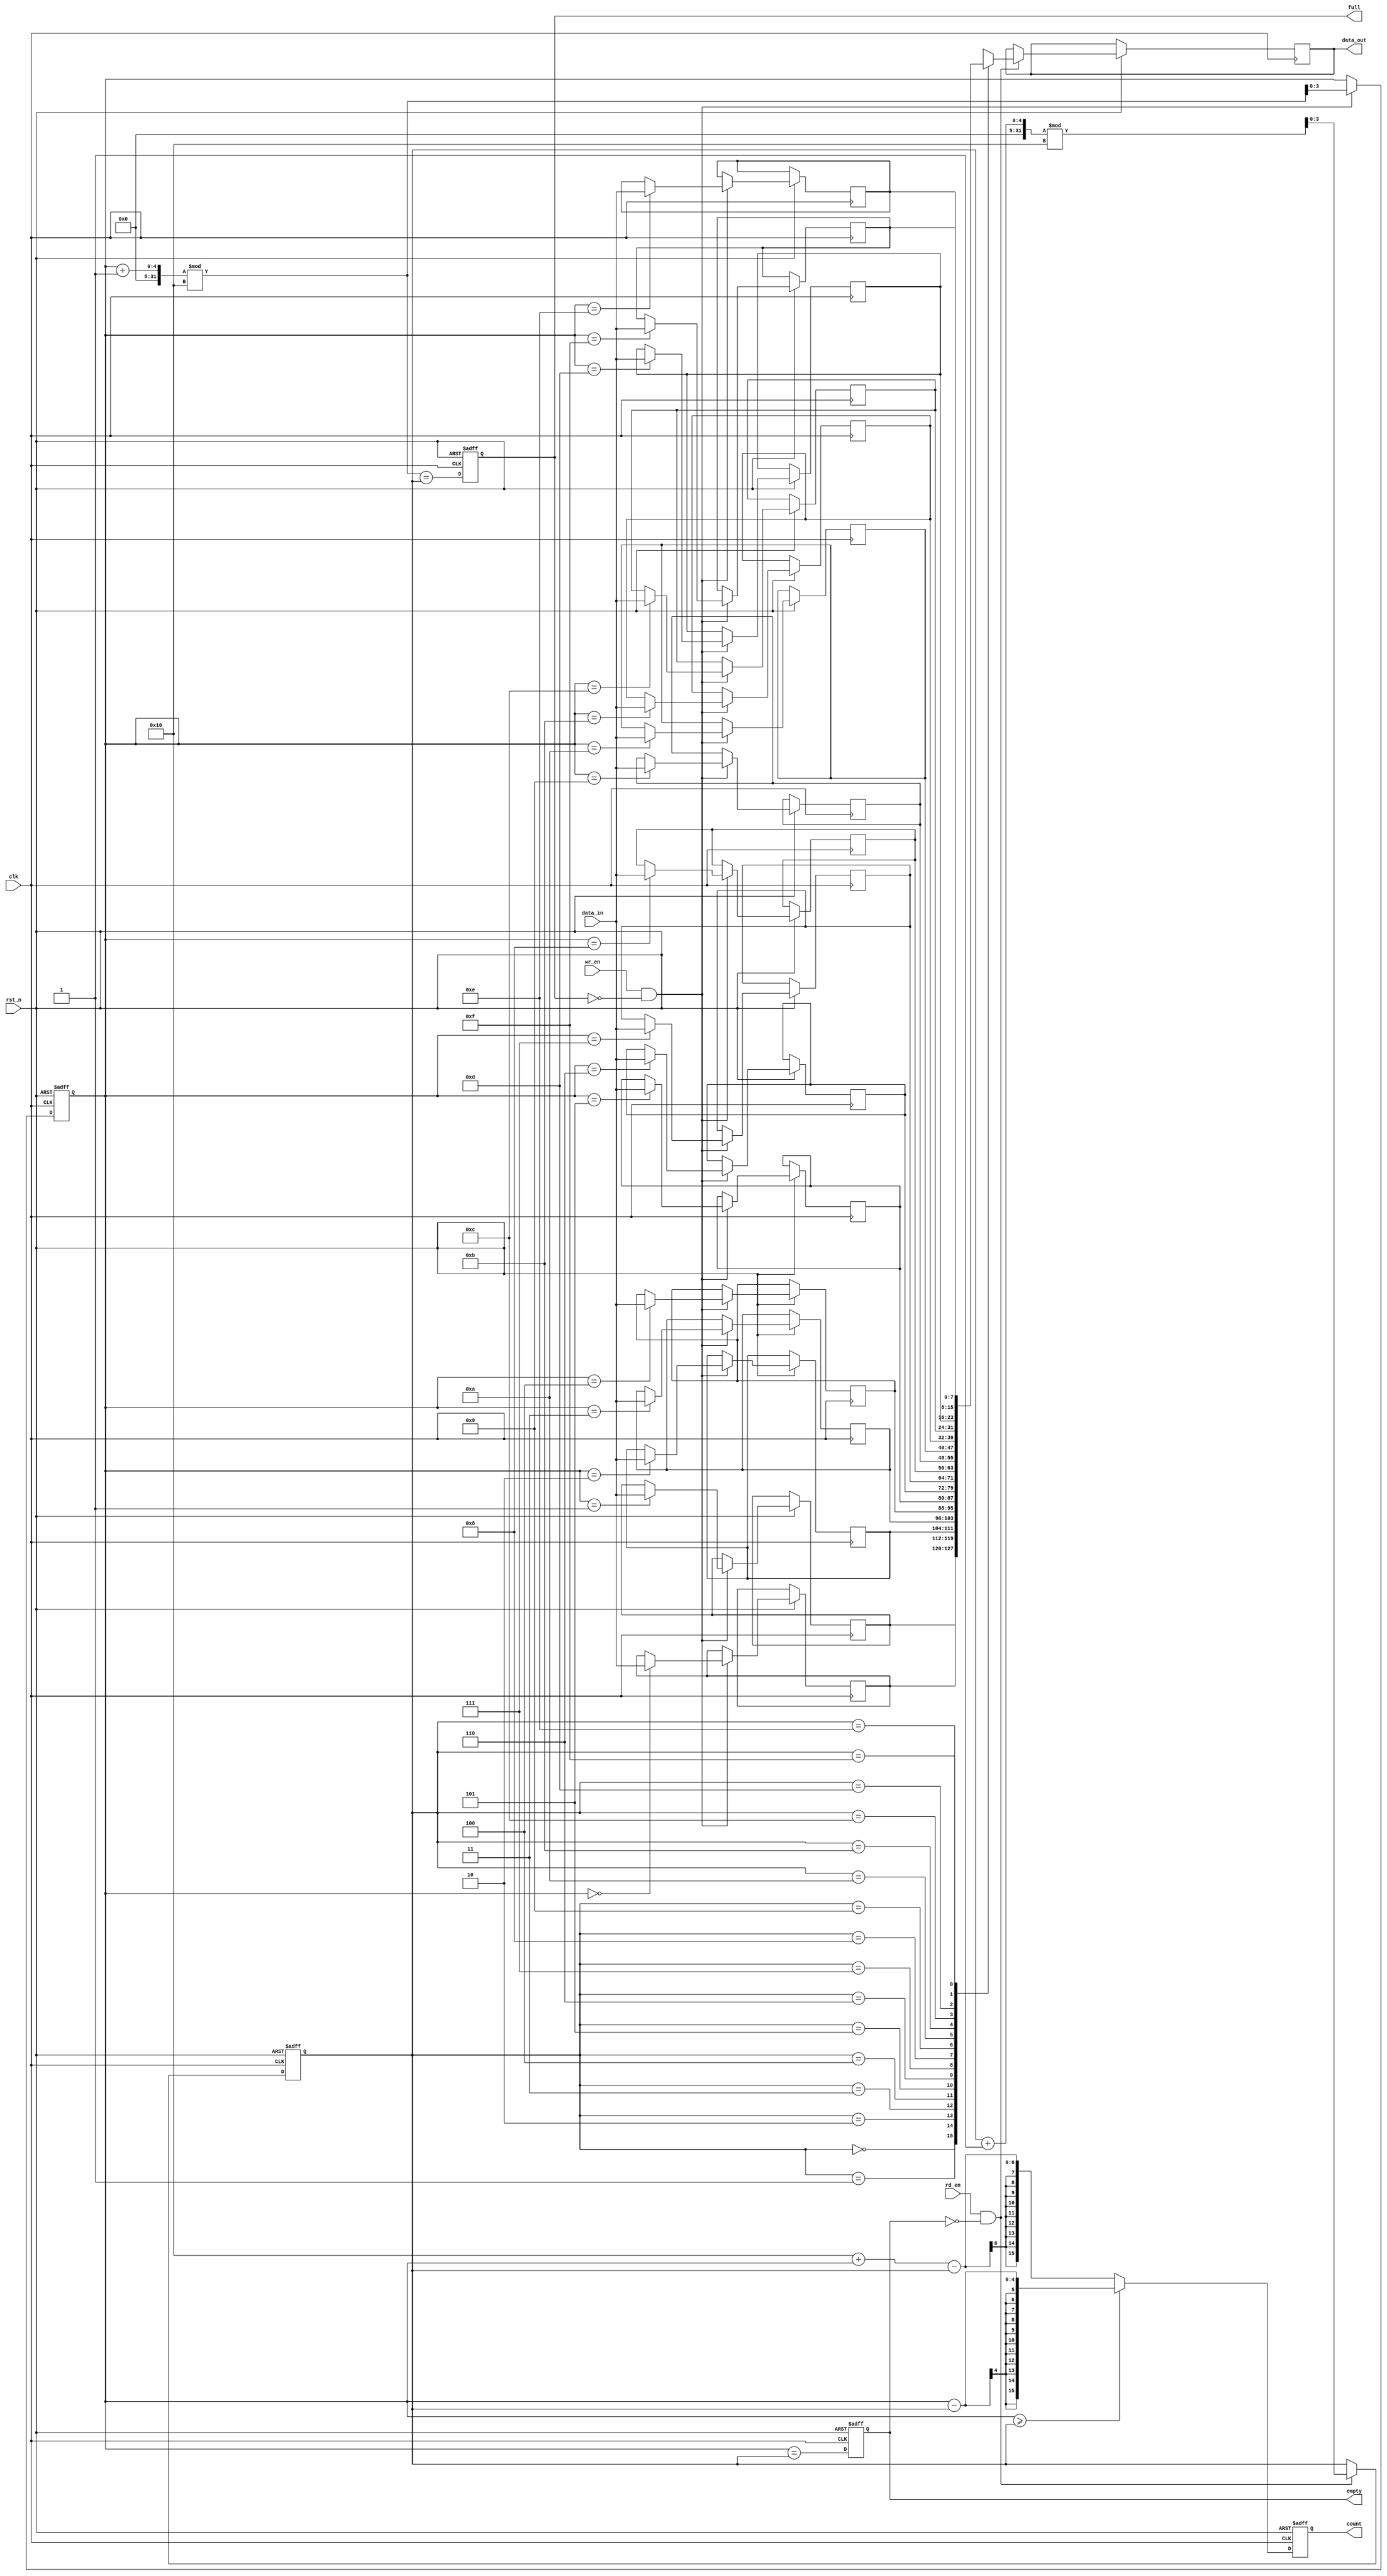
module parameterized_fifo #(
    parameter DATA_WIDTH = 8,      // Width of each data element in bits
    parameter FIFO_DEPTH = 16       // Total number of entries the FIFO can hold
) (
    input wire clk,                 // Clock signal
    input wire rst_n,               // Asynchronous reset (active low)
    input wire wr_en,               // Write enable signal
    input wire rd_en,               // Read enable signal
    input wire [DATA_WIDTH-1:0] data_in, // Input data to be written
    output reg [DATA_WIDTH-1:0] data_out, // Output data to be read
    output reg full,                // Full flag
    output reg empty,               // Empty flag
    output reg [FIFO_DEPTH-1:0] count // Number of entries in FIFO
);

    // Memory array to hold FIFO data
    reg [DATA_WIDTH-1:0] fifo_mem [0:FIFO_DEPTH-1];

    // Pointers for write and read operations
    reg [clog2(FIFO_DEPTH)-1:0] wr_ptr;
    reg [clog2(FIFO_DEPTH)-1:0] rd_ptr;

    // Function to calculate the ceiling of log2
    function integer clog2;
        input integer value;
        integer i;
        begin
            clog2 = 0;
            for (i = 0; (1 << i) < value; i = i + 1)
                clog2 = i + 1;
        end
    endfunction

    // Asynchronous reset and control logic
    always @(posedge clk or negedge rst_n) begin
        if (!rst_n) begin
            wr_ptr <= 0;
            rd_ptr <= 0;
            full <= 0;
            empty <= 1;
            count <= 0;
        end
        else begin
            // Write operation
            if (wr_en && !full) begin
                fifo_mem[wr_ptr] <= data_in; // Write data to FIFO
                wr_ptr <= (wr_ptr + 1) % FIFO_DEPTH; // Increment write pointer
            end

            // Read operation
            if (rd_en && !empty) begin
                data_out <= fifo_mem[rd_ptr]; // Read data from FIFO
                rd_ptr <= (rd_ptr + 1) % FIFO_DEPTH; // Increment read pointer
            end

            // Update flags and count
            full <= (wr_ptr + 1) % FIFO_DEPTH == rd_ptr; // Check if FIFO is full
            empty <= wr_ptr == rd_ptr; // Check if FIFO is empty
            count <= (wr_ptr >= rd_ptr) ? (wr_ptr - rd_ptr) : (FIFO_DEPTH + wr_ptr - rd_ptr); // Count of items
        end
    end

endmodule